Civil Veterinary Dept. Bombay admin report 1914-1922 - 1914-1922
Year: 1914
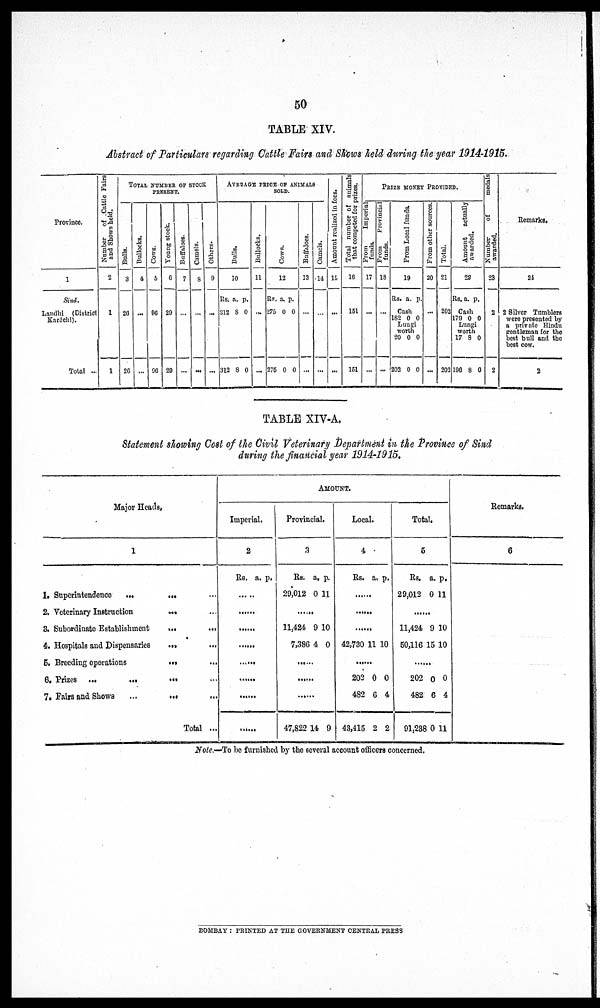
50
TABLE XIV.
Abstract of Particulars regarding Cattle Fairs and Shows held during the year 1914-1915.
Province.
1
Sind.
Landhi (District
Karáchi).
Total ...
Number
of Cattle Fairs
and Shows held.
2
1
1
TOTAL NUMBER OF STOCK
PRESENT.
Bulls.
3
26
26
Bullocks.
4
...
...
Cows.
5
96
96
Young stock.
6
29
29
Buffaloes.
7
...
...
Camels.
8
...
...
Others.
9
...
...
AVERAGE PRICE OF ANIMALS
SOLD.
Bulls.
10
Rs.
312
312
a.
8
8
p.
0
0
Bullocks.
11
...
...
Cows .
12
Rs.
275
275
a.
0
0
p.
0
0
Buffaloes.
13
...
...
Camels.
14
...
...
Amount realized in fees.
15
...
...
Total number of animals
that competed for prizes.
16
151
151
PRIZE MONEY PROVIDED.
From
Imperial
funds.
17
...
...
From
Provincial
funds.
18
...
...
Fr om Local f unds.
19
Rs. a. p.
Cash
182 0 0
Lungi
worth
20
202
0
0
0
0
From other sources.
20
...
...
Total.
21
202
202
Amount actually
awarded.
22
Rs. a. p.
Cash
179 0 0
Lungi
worth
17
196
8
8
0
0
Number of
medals
awarded.
23
2
2
Remarks.
24
2 Silver Tumblers
were presented by
a private Hindu
gentleman for the
best bull and the
best cow.
2
TABLE XIV-A.
Statement showing Cost of the Civil Veterinary Department in the Province of Sind
during the financial year 1914-1915.
Major Heads.
1
1. Superintendence
...
... ...
2. Veterinary Instruction
... ...
3. Subordinate Establishment
...
...
4. Hospitals and Dispensaries
...
...
5. Breeding operations
...
...
6. Prizes
...
... ... ...
7. Fairs and Shows
... ... ...
Total ...
AMOUNT.
Imperial.
2
Rs. a. p.
......
......
......
......
......
......
......
Provincial.
3
Rs.
29,012
a,
0
p.
11
......
11,424
7,386
9
4
10
0
......
......
......
47,822 14 9
Local.
4
Rs. a. p.
......
.......
......
42,730 11 10
......
202
482
43,415
0
6
2
0
4
2
Total.
5
Rs.
29,012
a.
0
p.
11
......
11,424
50,116
9
15
10
10
......
202
482
91,238
0
6
0
0
4
11
Remarks.
6
Note.—To be furnished by the several account officers concerned.
BOMBAY : PRINTED AT THE GOVERNMENT CENTRAL PRESS